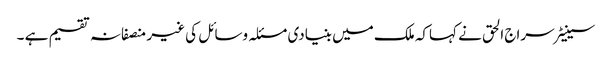
سینیٹر سراج الحق نے کہاکہ ملک میں بنیادی مسئلہ وسائل کی غیر منصفانہ تقسیم ہے ۔